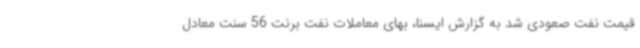
قیمت نفت صعودی شد به گزارش ایسنا، بهای معاملات نفت برنت 56 سنت معادل